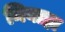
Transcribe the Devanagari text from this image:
निबाहा